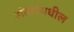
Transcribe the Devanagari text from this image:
अंतरांमधील